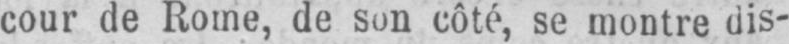
cour de Rome, de son côté, se montre dis-